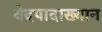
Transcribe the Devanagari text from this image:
वेदपादाख्यान